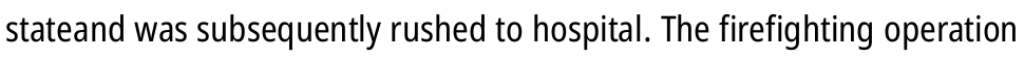
stateand was subsequently rushed to hospital. The firefighting operation